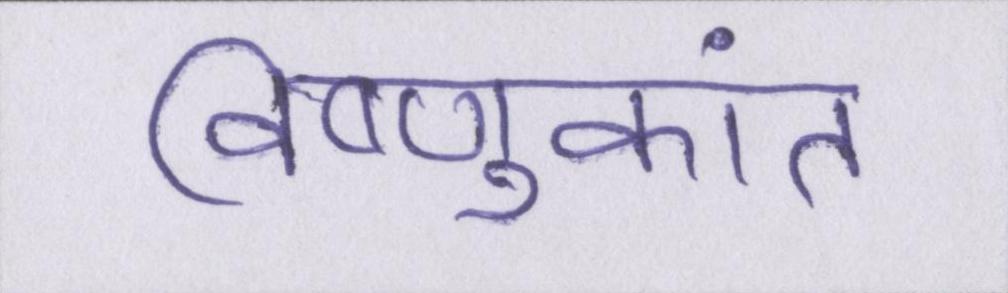
विष्णुकांत